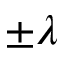
\pm \lambda